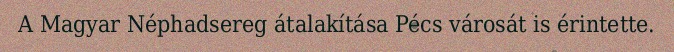
A Magyar Néphadsereg átalakítása Pécs városát is érintette.